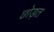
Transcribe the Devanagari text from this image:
छोड़त